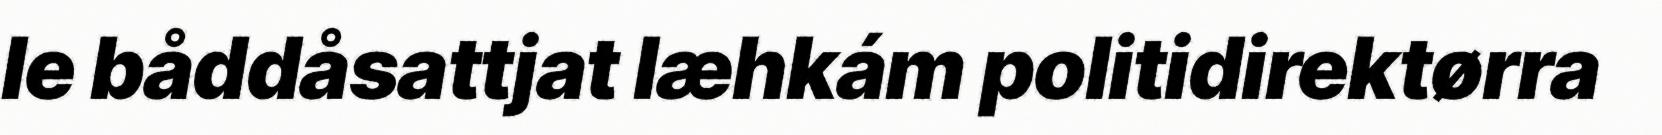
le båddåsattjat læhkám politidirektørra